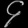
Digit: ၄